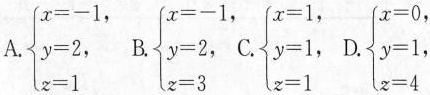
A. $$\left\{ \begin{matrix} x=-1 \\ y=2, \\ z=1 \\ \end{matrix} \right.$$ B.$$\left\{ \begin{matrix} x=-1, \\ y=2, \\ z=3 \\ \end{matrix} \right.$$ C.$$\left\{ \begin{matrix} x=1, \\ y=1, \\ z=1 \\ \end{matrix} \right.$$ D. $$\left\{ \begin{matrix} x=0, \\ y=1, \\ z=4 \\ \end{matrix} \right.$$